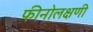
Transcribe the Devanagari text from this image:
फीनोलक्षणी